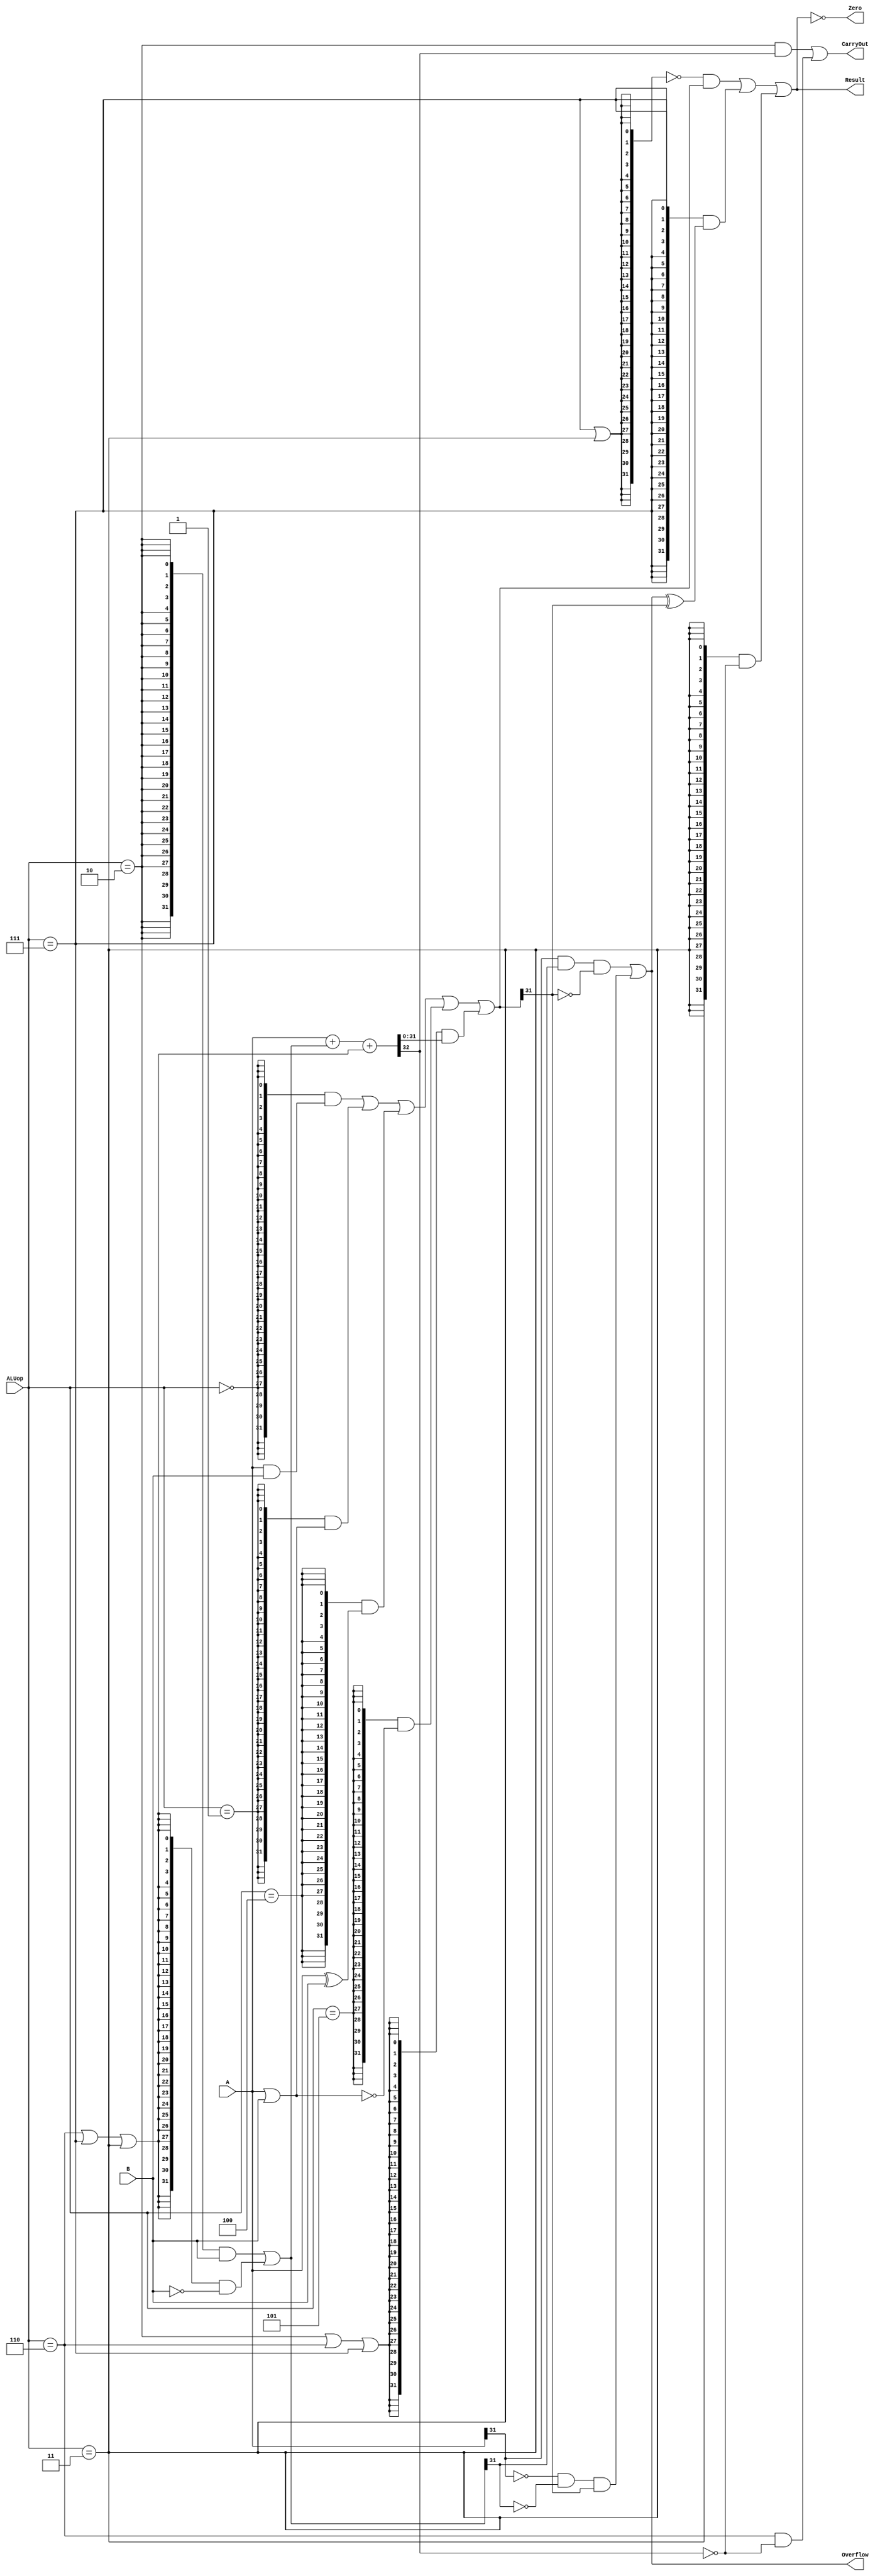
`timescale 10 ns / 1 ns

`define DATA_WIDTH 32
`define ALUOP_AND 3'b000
`define ALUOP_OR 3'b001
`define ALUOP_XOR 3'b100
`define ALUOP_NOR 3'b101
`define ALUOP_ADD 3'b010
`define ALU_SUB 3'b110
`define ALU_SLT 3'b111
`define ALU_SLTU 3'b011

module alu(
	input  [`DATA_WIDTH - 1:0]  A,
	input  [`DATA_WIDTH - 1:0]  B,
	input  [              2:0]  ALUop,
	output                      Overflow,
	output                      CarryOut,
	output                      Zero,
	output [`DATA_WIDTH - 1:0]  Result
);

wire op_and = ALUop == `ALUOP_AND;
wire op_or = ALUop == `ALUOP_OR;
wire op_xor = ALUop == `ALUOP_XOR;
wire op_nor = ALUop == `ALUOP_NOR;
wire op_add = ALUop == `ALUOP_ADD;
wire op_sub = ALUop == `ALU_SUB;
wire op_slt = ALUop == `ALU_SLT;
wire op_sltu = ALUop == `ALU_SLTU;

wire [`DATA_WIDTH - 1:0]oper_num = {`DATA_WIDTH{op_add}} & B | {`DATA_WIDTH{op_sub | op_slt | op_sltu}} & (~B);
wire Cin = op_sub | op_slt | op_sltu;

wire [`DATA_WIDTH - 1:0] and_res = A & B;
wire [`DATA_WIDTH - 1:0] or_res = A | B;
wire [`DATA_WIDTH - 1:0] xor_res = A ^ B;
wire [`DATA_WIDTH - 1:0] nor_res = ~(A | B);
wire [`DATA_WIDTH - 1:0] add_res;
wire [`DATA_WIDTH - 1:0] Result_tmp;
wire CarryOut_init;

assign {CarryOut_init, add_res} = A + oper_num + Cin;

assign Result_tmp = {`DATA_WIDTH{op_and}} & and_res |
				{`DATA_WIDTH{op_or}} & or_res |
				{`DATA_WIDTH{op_xor}} & xor_res |
				{`DATA_WIDTH{op_nor}} & nor_res |
				{`DATA_WIDTH{op_add | op_sub | op_slt}} & add_res;

assign Overflow = A[`DATA_WIDTH - 1] & oper_num[`DATA_WIDTH - 1] & ~Result_tmp[`DATA_WIDTH - 1] |
				~A[`DATA_WIDTH - 1] & ~oper_num[`DATA_WIDTH - 1] & Result_tmp[`DATA_WIDTH - 1];

assign CarryOut = {op_add & CarryOut_init} | {op_sub & ~CarryOut_init};

assign Result = ~{`DATA_WIDTH{op_slt | op_sltu}} & Result_tmp |
				{`DATA_WIDTH{op_slt}} & {{`DATA_WIDTH-1{1'b0}}, (Overflow ^ Result_tmp[`DATA_WIDTH - 1])} |
				{`DATA_WIDTH{op_sltu}} & {{`DATA_WIDTH-1{1'b0}}, (~CarryOut_init)};

assign Zero = Result == 32'b0;

endmodule